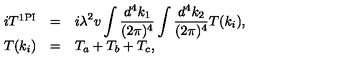
\begin{array} { r c l } { i T ^ { \mathrm { 1 P I } } } & { = } & { \displaystyle i \lambda ^ { 2 } v \int \frac { d ^ { 4 } k _ { 1 } } { ( 2 \pi ) ^ { 4 } } \int \frac { d ^ { 4 } k _ { 2 } } { ( 2 \pi ) ^ { 4 } } T ( k _ { i } ) , } \\ { T ( k _ { i } ) } & { = } & { \displaystyle T _ { a } + T _ { b } + T _ { c } , } \\ \end{array}